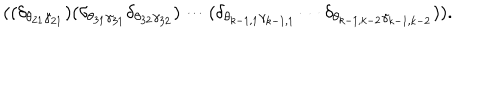
LaTeX: ( ( \delta _ { \theta _ { 2 1 } \gamma _ { 2 1 } } ) ( \delta _ { \theta _ { 3 1 } \gamma _ { 3 1 } } \delta _ { \theta _ { 3 2 } \gamma _ { 3 2 } } ) \cdots ( \delta _ { \theta _ { k - 1 , 1 } \gamma _ { k - 1 , 1 } } \cdots \delta _ { \theta _ { k - 1 , k - 2 } \gamma _ { k - 1 , k - 2 } } ) ) .